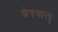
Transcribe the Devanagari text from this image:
शेषचालु